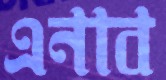
এনাব